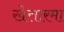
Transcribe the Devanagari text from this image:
खेत्तारमा